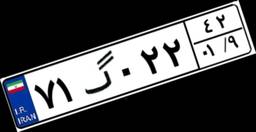
۷۳گ۸۰۹۱۰